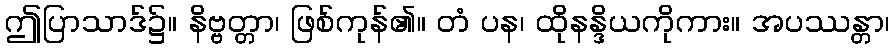
ဤပြာသာဒ်၌။ နိဗ္ဗတ္တာ၊ ဖြစ်ကုန်၏။ တံ ပန၊ ထိုနန္ဒိယကိုကား။ အပဿန္တာ၊